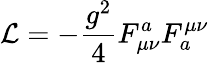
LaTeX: {\cal L}=-\frac{g^{2}}{4}F_{\mu\nu}^{a}F_{a}^{\mu\nu}